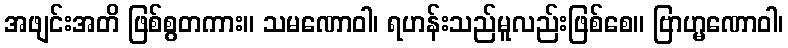
အဖျင်းအတိ ဖြစ်စွတကား။ သမဏောဝါ၊ ရဟန်းသည်မူလည်းဖြစ်စေ။ ဗြာဟ္မဏောဝါ၊